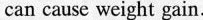
can cause weight gain.